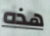
هذه